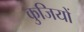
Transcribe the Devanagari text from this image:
कुजियों